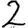
Digit: 2